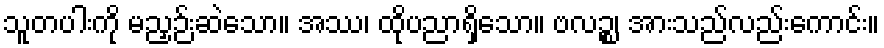
သူတပါးကို မညှဉ်းဆဲသော။ အဿ၊ ထိုပညာရှိသော။ ဗလဉ္စ၊ အားသည်လည်းကောင်း။